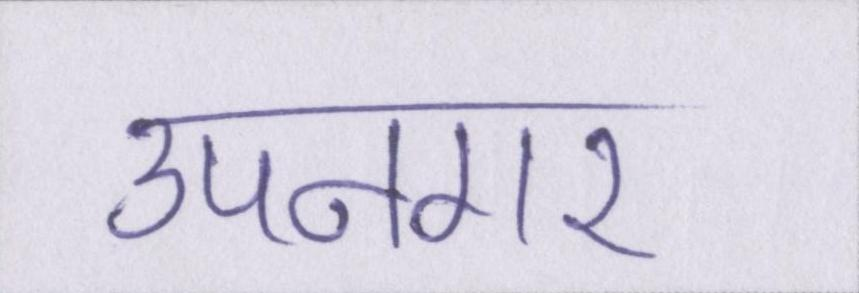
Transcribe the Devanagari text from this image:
उपनगर